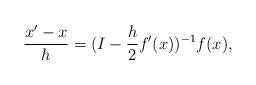
LaTeX: \begin{align*} \frac{x'-x}{h} = (I-\frac{h}{2}f'(x))^{-1}f(x),\end{align*}